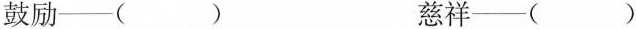
鼓励—( ) 慈祥—( )